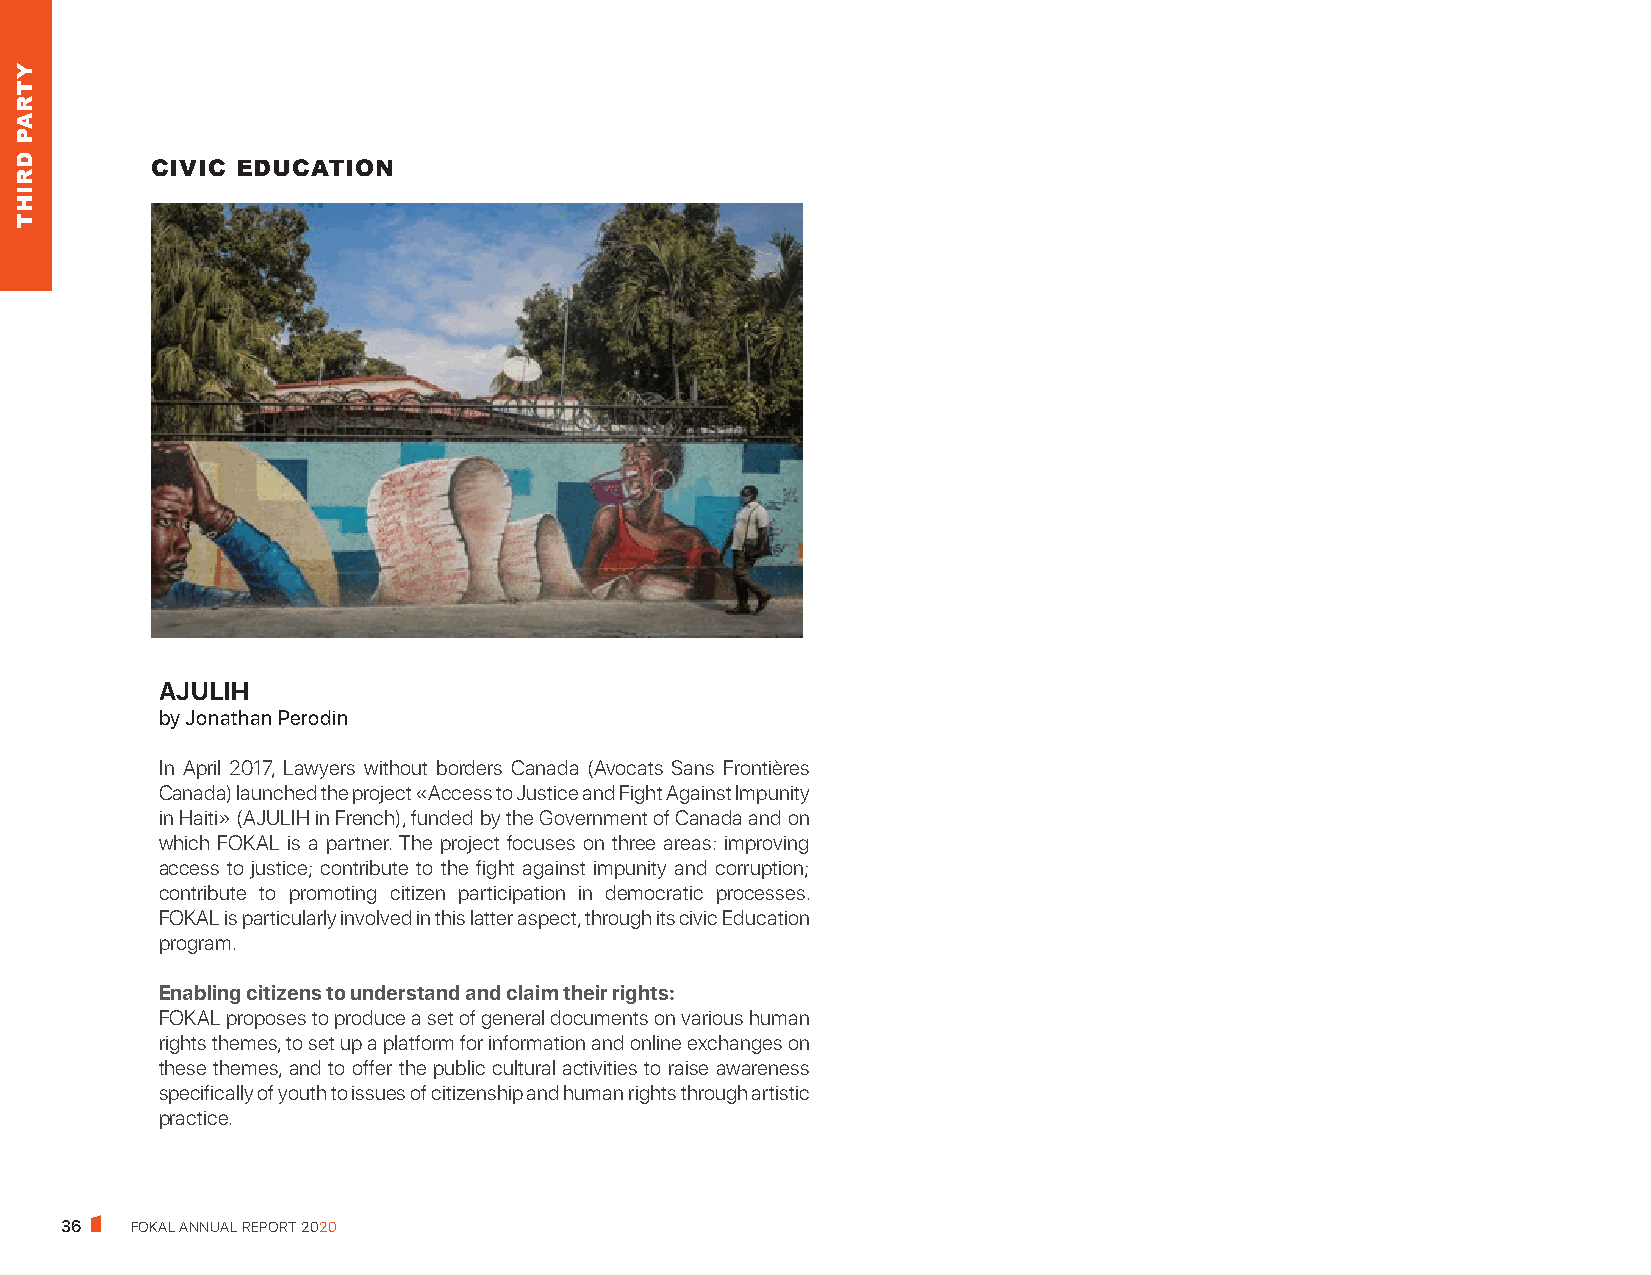
CIVIC EDUCATION
 AJULIH
 by Jonathan Perodin
 In April 2017, Lawyers without borders Canada (Avocats Sans Frontières
 Canada) launched the project «Access to Justice and Fight Against Impunity
 in Haiti» (AJULIH in French), funded by the Government of Canada and on
 which FOKAL is a partner. The project focuses on three areas: improving
 access to justice; contribute to the fight against impunity and corruption;
 contribute to promoting citizen participation in democratic processes.
 FOKAL is particularly involved in this latter aspect, through its civic Education
 program.
 Enabling citizens to understand and claim their rights:
 FOKAL proposes to produce a set of general documents on various human
 rights themes, to set up a platform for information and online exchanges on
 these themes, and to offer the public cultural activities to raise awareness
 specifically of youth to issues of citizenship and human rights through artistic
 practice.
 36   FOKAL ANNUAL REPORT 2020
 YTRAP
 DRIHT